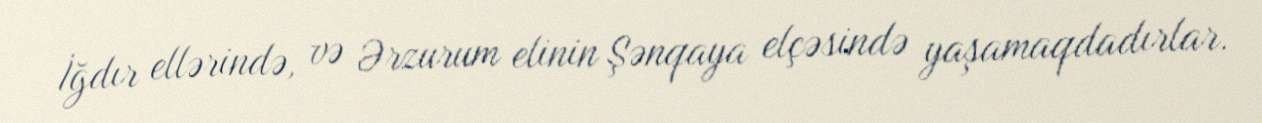
İğdır ellərində, və Ərzurum elinin Şənqaya elçəsində yaşamaqdadırlar.